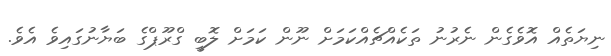
ނިޔަތެއް އޮވެގެން ނެރުނު ތަކެއްޗެއްކަމަށް ނޫން ކަމަށް ލޮބީ ގްރޫޕްގެ ބަޔާނުގައިވެ އެވެ.